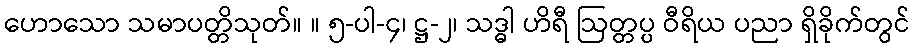
ဟောသော သမာပတ္တိသုတ်။ ။ ၅-ပါ-၄၊ ဋ္ဌ-၂၊ သဒ္ဓါ ဟိရီ ဩတ္တပ္ပ ဝီရိယ ပညာ ရှိခိုက်တွင်